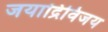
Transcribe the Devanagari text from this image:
जयाद्रिविजय